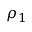
\rho _ { 1 }